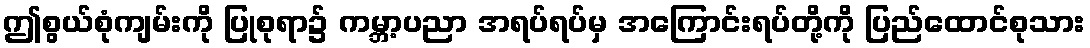
ဤစွယ်စုံကျမ်းကို ပြုစုရာ၌ ကမ္ဘာ့ပညာ အရပ်ရပ်မှ အကြောင်းရပ်တို့ကို ပြည်ထောင်စုသား